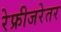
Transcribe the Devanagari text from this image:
रेफ्रीजरेतर